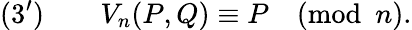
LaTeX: (3^{\prime})\qquad V_{n}(P,Q)\equiv P{\pmod{n}}.